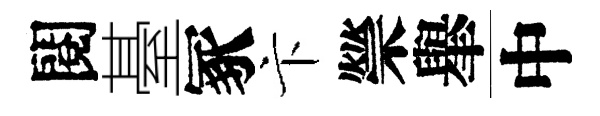
閱䑓冢卞禜𦦙中